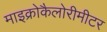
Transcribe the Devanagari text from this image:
माइक्रोकैलोरीमीटर